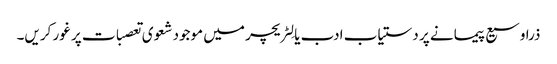
ذرا وسیع پیمانے پر دستیاب ادب یا لِٹریچر میں موجود شعوی تعصبات پر غور کریں۔